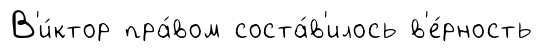
В'и́ктор пра́вом соста́в'илось в'е́рность